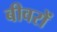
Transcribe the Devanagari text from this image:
बीवरों